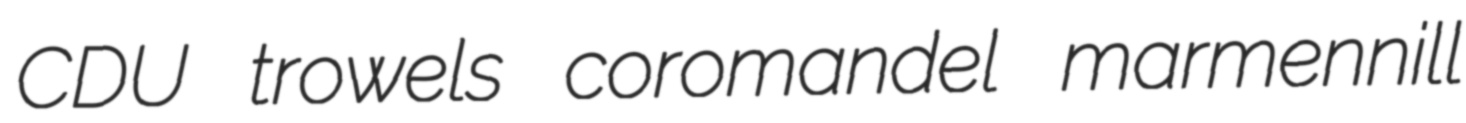
CDU trowels coromandel marmennill